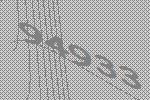
94933